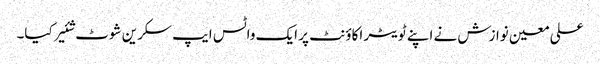
علی معین نوازش نے اپنے ٹویٹر اکاؤنٹ پر ایک واٹس ایپ سکرین شوٹ شئیر کیا۔